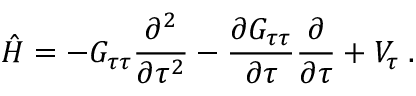
\hat { H } = - G _ { \tau \tau } \frac { \partial ^ { 2 } } { \partial \tau ^ { 2 } } - \frac { \partial G _ { \tau \tau } } { \partial \tau } \frac { \partial } { \partial \tau } + V _ { \tau } \; .